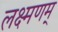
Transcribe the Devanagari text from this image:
लक्ष्मणम्